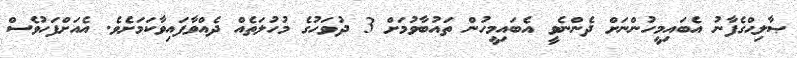
ޞާލިޙްގެފާނު އެބައިމީހުންނަށް ދެންނެވީ އެބައިމީހުން ތައުބާވުމަށް 3 ދުވަހުގެ މުހުލަތެއް ދެއްވާފައިވާކަމަށެވެ. އެއަށްފަހުވެސް